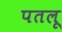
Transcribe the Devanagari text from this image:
पतलू